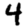
Digit: 4